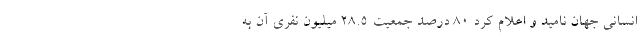
انسانی جهان نامید و اعلام کرد 80 درصد جمعیت 28.5 میلیون نفری آن به